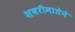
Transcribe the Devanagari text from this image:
शबरीमातेने